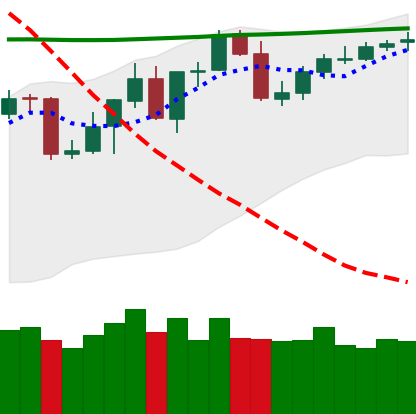
Ticker: BNB-USD
Chart end date: 2020-04-27
Forward return: 6.813%
Label: up_5_7